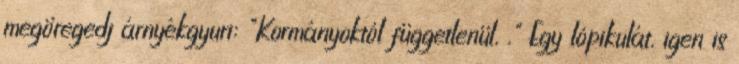
megöregedj árnyékgyuri: "Kormányoktól függetlenül, ." Egy lópikulát, igen is